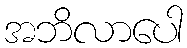
အဘိလာပေါ